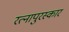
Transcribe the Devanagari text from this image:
रत्नापुरस्कार